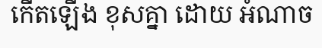
កើតឡើង ខុសគ្នា ដោយ អំណាច